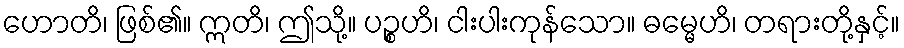
ဟောတိ၊ ဖြစ်၏။ ဣတိ၊ ဤသို့။ ပဉ္စဟိ၊ ငါးပါးကုန်သော။ ဓမ္မေဟိ၊ တရားတို့နှင့်။